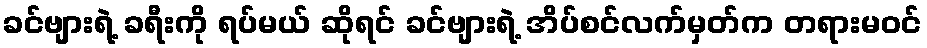
ခင်ဗျားရဲ့ ခရီးကို ရပ်မယ် ဆိုရင် ခင်ဗျားရဲ့ အိပ်စင်လက်မှတ်က တရားမဝင်